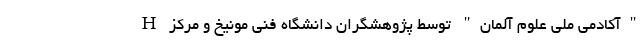
"آکادمی ملی علوم آلمان" توسط پژوهشگران دانشگاه فنی مونیخ و مرکز H